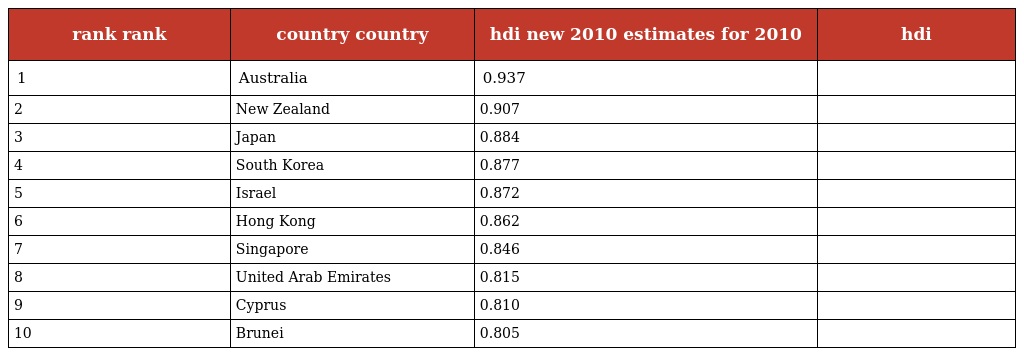
| rank rank | country country | hdi new 2010 estimates for 2010 | hdi |
 | --- | --- | --- | --- |
 | 1 | Australia | 0.937 |  |
 | 2 | New Zealand | 0.907 |  |
 | 3 | Japan | 0.884 |  |
 | 4 | South Korea | 0.877 |  |
 | 5 | Israel | 0.872 |  |
 | 6 | Hong Kong | 0.862 |  |
 | 7 | Singapore | 0.846 |  |
 | 8 | United Arab Emirates | 0.815 |  |
 | 9 | Cyprus | 0.810 |  |
 | 10 | Brunei | 0.805 |  |